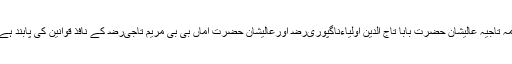
امہ تاجیہ عالیشان حضرت بابا تاج الدین اولیاءناگپوریﺭﺿ اورعالیشان حضرت اماں بی بی مریم تاجیﺭﺿ کے نافذ قوانین کی پابند ہے۔